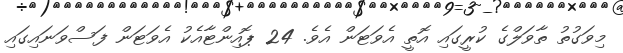
މިވަގުތު ތާވަލްގެ ކުރީގައި އޮތީ އެވަޓަން އެވެ. 24 ޕޮއިންޓާއެކު އެވަޓަން ފަސްވަނައިގައި